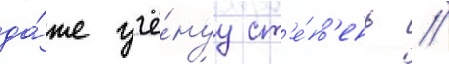
да́же учё́нуу ст'е́п'ень //